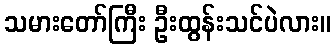
သမားတော်ကြီး ဦးထွန်းသင်ပဲလား။